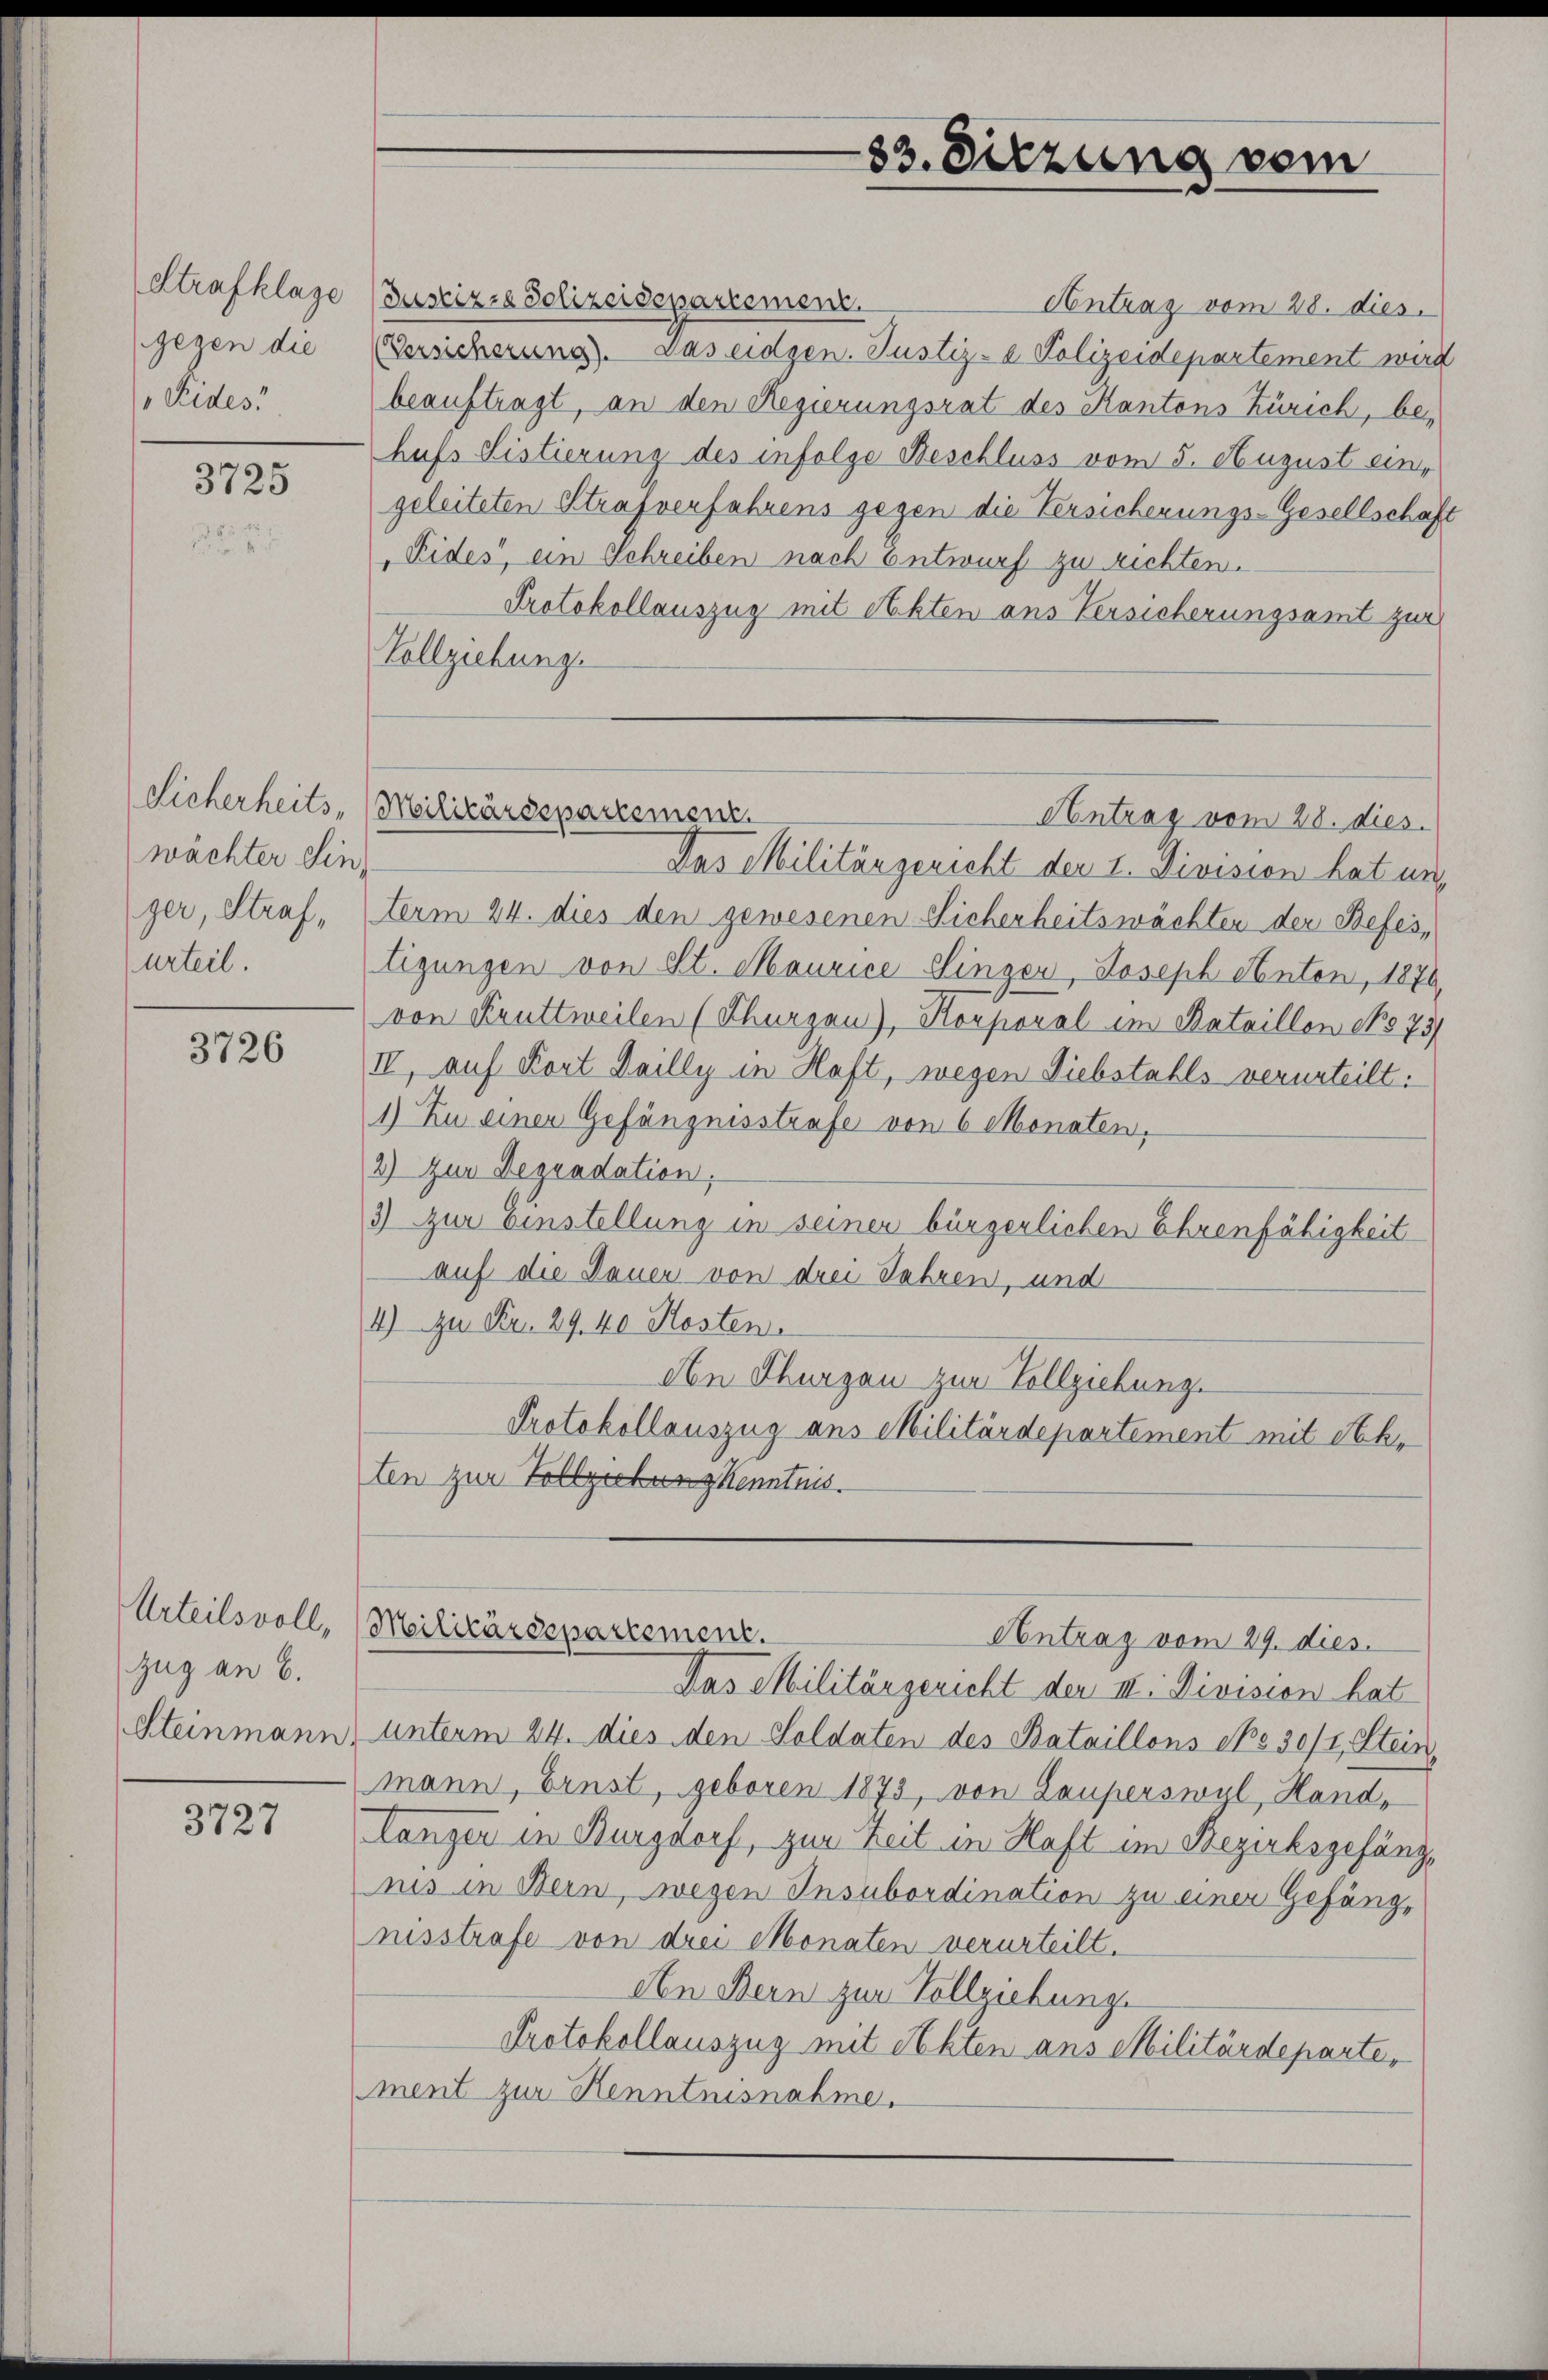
Strafklage
gegen die
Eides

3725

wächter Einurteil.

3726

Urteilsvoll,
zug an C.
Steinmann

3727

Justizze Polizeidepartement.
Antrag vom 28. dies
Versicherung. Das eidgen. Justiz- & Polizeidepartement wird
beauftragt, an den Regierungsrat des Kantons Zürich, behufs Sistierung des infolge Beschluss vom 5. August eingeleiteten Strafverfahrens gegen die Versicherungs-Gesellschaft
Eides, ein Schreiben nach Entwurf zu richten.
Protokollauszug mit Akten aus Versicherungsamt zur
Vollziehung.
Das Militärgericht der I. Division hat un
ger, Straf Sterm 24. dies den gewesenen Sicherheitswächten der Befes,
tigungen von St. Maurice Singer, Joseph Senten, 1876,
von Kruttweilen (Thurgau), Korporal im Bataillon No 75
IV, auf Kort Dailly in Haft, wegen Diebstahls verurteilt:
1) Zu einen Gefängnisstrafe von 6 Monaten,
2) Zur Begradation.
3) Zur Einstellung in seiner bürgerlichen Ehrenfähigkeit
auf die Dauer von drei Jahren, und
4) zu Fr. 29. 40 Kosten.
An Thurgau zur Vollziehung.
Protokollauszug aus Militärdepartement mit Seb.
ten zur Vollziehung Kenntnis.
Militärdepartement.
Antrag vom 29. dies
Das Militärgericht der III. Division hat
unterm 24. dies den Soldaten des Bataillons No 30/1, Stein.
mann, Ernst, geboren 1873, von Lauperswyl, Hand,
Langer in Burgdorf, zur Zeit in Haft im Bezirksgefängnis in Bern, wegen Insubordination zu einer Gefängnisstrafe von drei Monaten verurteilt.
Aen Bern zur Vollziehung.
Protokollauszug mit Akten ans Militärdeparte,
ment zur Kenntnisnahme.

83. Sitzung vom

Sicherheits- (reilizärsepartenger.
Antrag vom 28. dies